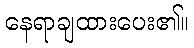
နေရာချထားပေး၏။